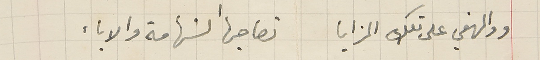
ووالهفي على تلك المزايا تصاحبها الشهامة والاباء